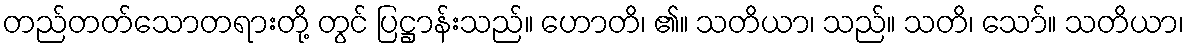
တည်တတ်သောတရားတို့ တွင် ပြဋ္ဌာန်းသည်။ ဟောတိ၊ ၏။ သတိယာ၊ သည်။ သတိ၊ သော်။ သတိယာ၊